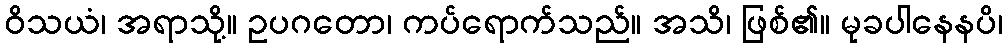
ဝိသယံ၊ အရာသို့။ ဥပဂတော၊ ကပ်ရောက်သည်။ အသိ၊ ဖြစ်၏။ မုခပါနေနပိ၊